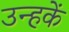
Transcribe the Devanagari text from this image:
उन्हकें